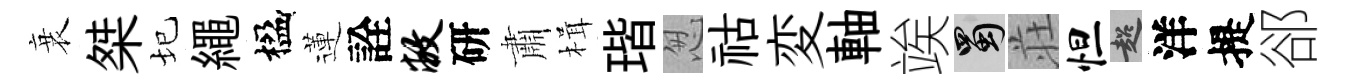
衰桀圮繩楹蓮詮敝研肅楫瑎怱祜変軸竢蜀荘怛超洋提郤